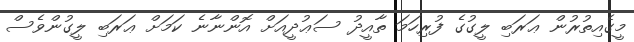
މީގެއިތުރުން ޢަރަބި ލީގުގެ ފުރިހަމަ ތާއީދު ސަޢުދީއަށް އޮންނާނެ ކަމަށް ޢަރަބި ލީގުންވެސް